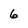
Character: 6